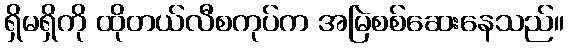
ရှိမရှိကို ထိုတယ်လီစကုပ်က အမြဲစစ်ဆေးနေသည်။